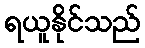
ရယူနိုင်သည်